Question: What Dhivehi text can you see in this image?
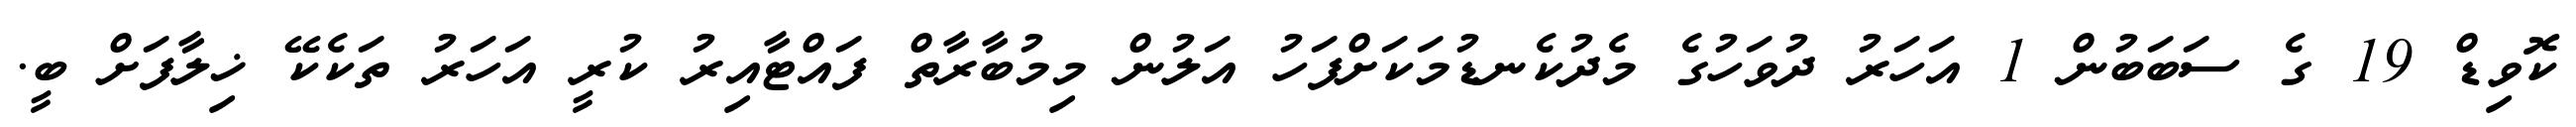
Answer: ކޮވިޑް 19 ގެ ސަބަބުން 1 އަހަރު ދުވަހުގެ މެދުކެނޑުމަކަށްފަހު އަލުން މިމުބާރާތް ފައްޓާއިރު ކުރީ އަހަރު ތަކެކޭ ޚިލާފަށް ބީ.